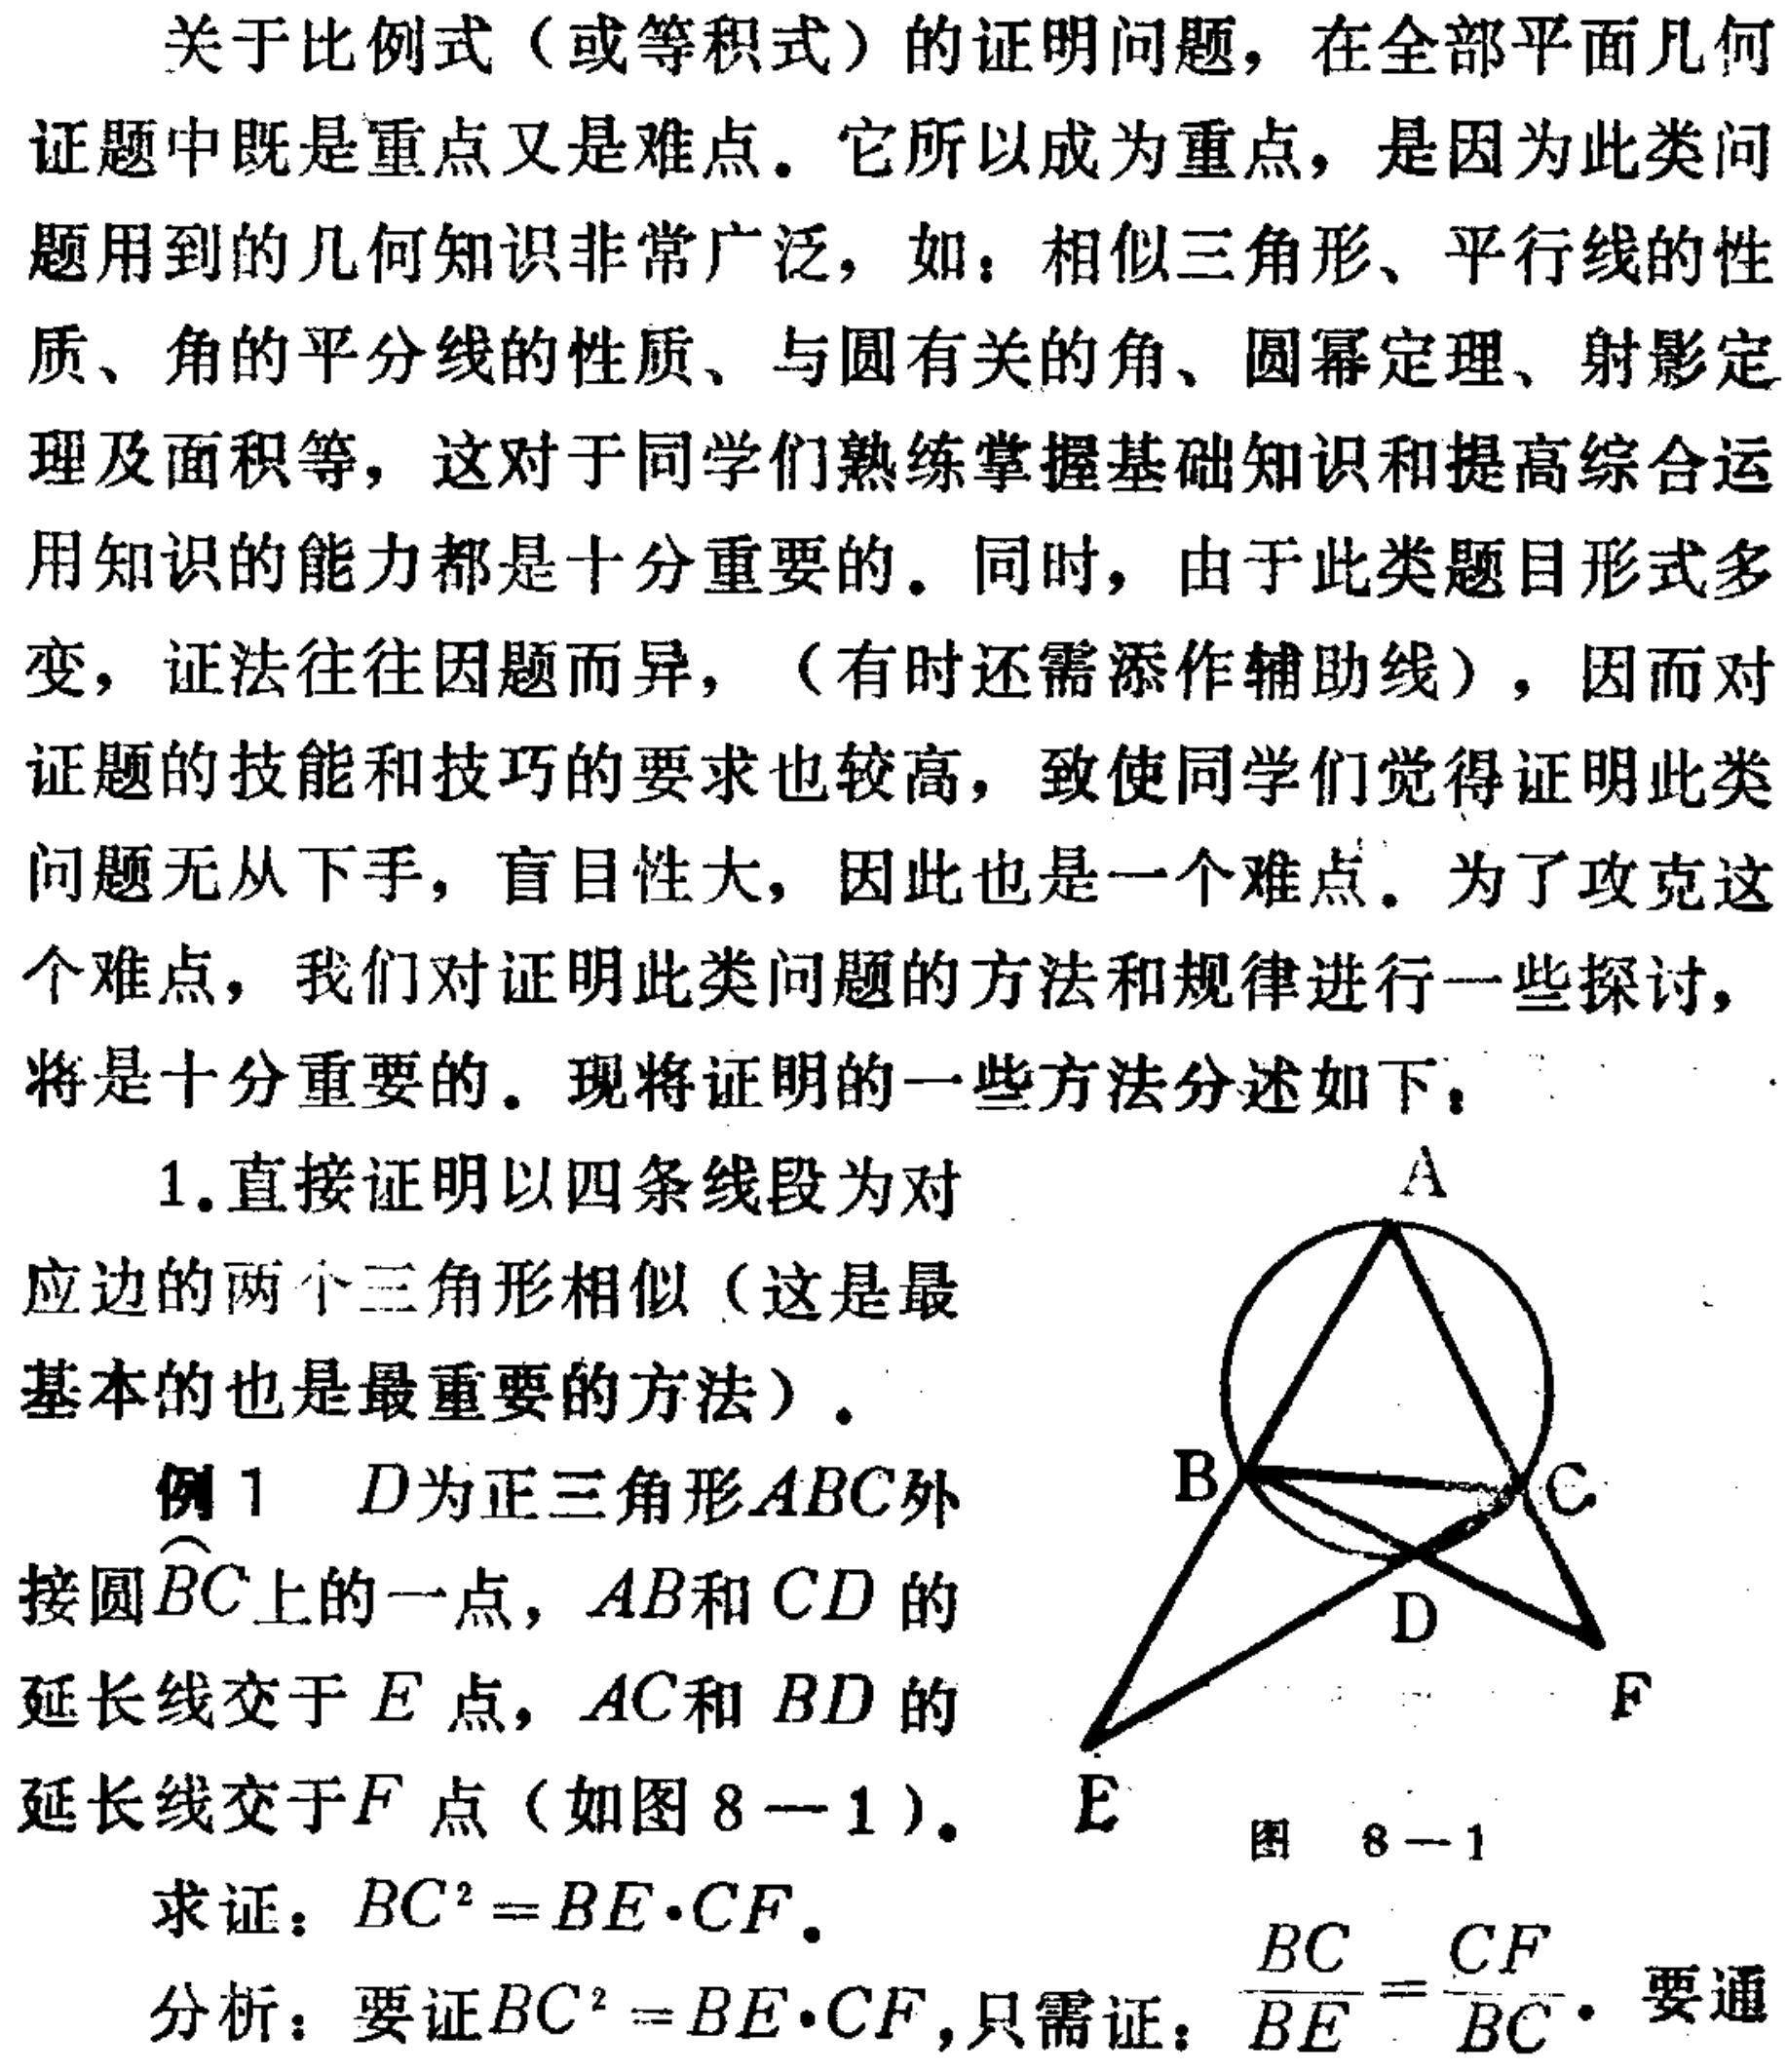
关于比例式（或等积式）的证明问题，在全部平面几何证题中既是重点又是难点。它所以成为重点，是因为此类问题用到的几何知识非常广泛，如：相似三角形、平行线的性质、角的平分线的性质、与圆有关的角、圆幂定理、射影定理及面积等，这对于同学们熟练掌握基础知识和提高综合运用知识的能力都是十分重要的。同时，由于此类题目形式多变，证法往往因题而异，（有时还需添作辅助线），因而对证题的技能和技巧的要求也较高，致使同学们觉得证明此类问题无从下手，盲目性大，因此也是一个难点。为了攻克这个难点，我们对证明此类问题的方法和规律进行一些探讨，将是十分重要的。现将证明的一些方法分述如下：
1.直接证明以四条线段为对应边的两个三角形相似（这是最基本的也是最重要的方法）。
例1 \(D\)为正三角形\(ABC\)外接圆\(\overset{\frown}{BC}\)上的一点，\(AB\)和\(CD\)的延长线交于\(E\)点，\(AC\)和\(BD\)的延长线交于\(F\)点（如图8 - 1）。
求证：\(BC^{2}=BE\cdot CF\)。
分析：要证\(BC^{2}=BE\cdot CF\)，只需证：\(\frac{BC}{BE}=\frac{CF}{BC}\)。要通